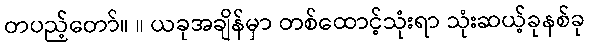
တပည့်တော်။ ။ ယခုအချိန်မှာ တစ်ထောင့်သုံးရာ သုံးဆယ့်ခုနစ်ခု